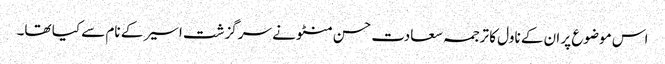
اس موضوع پر ان کے ناول کا ترجمہ سعادت حسن منٹو نے سرگزشت اسیر کے نام سے کیا تھا۔